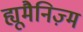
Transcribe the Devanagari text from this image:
ह्यूमैनिज़्म